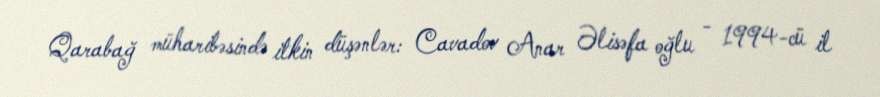
Qarabağ müharibəsində itkin düşənlər: Cavadov Anar Əlisəfa oğlu - 1994-cü il